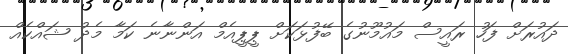
ދައުރަށް ފަހު ރައީސް މައުމޫނުގެ ބޭފުޅަކަށް ޕީޕީއެމް އަންނާނެ ކަމާ މެދު ޝައްކެއް